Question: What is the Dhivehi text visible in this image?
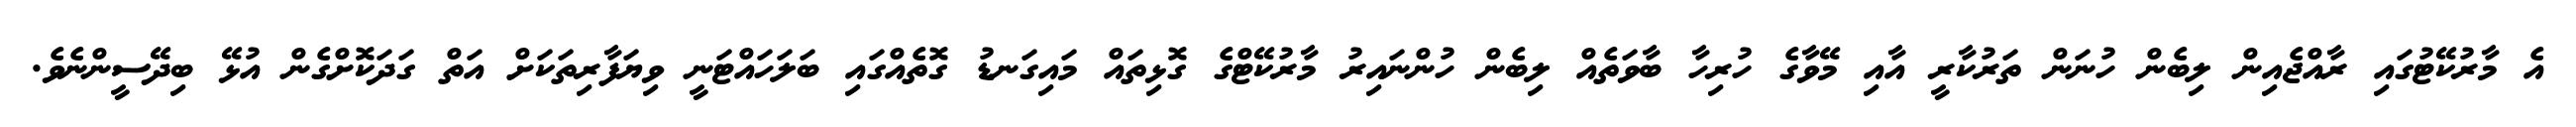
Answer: އެ މާރުކޭޓުގައި ރާއްޖެއިން ލިބެން ހުނަން ތަރުކާރީ އާއި މޭވާގެ ހުރިހާ ބާވަތެއް ލިބެން ހުންނައިރު މާރުކޭޓްގެ ގޮޅިތައް މައިގަނޑު ގޮތެއްގައި ބަލަހައްޓަނީ ވިޔަފާރިތަކަށް އަތް ގަދަކޮށްގެން އުޅޭ ބިދޭސީންނެވެ.